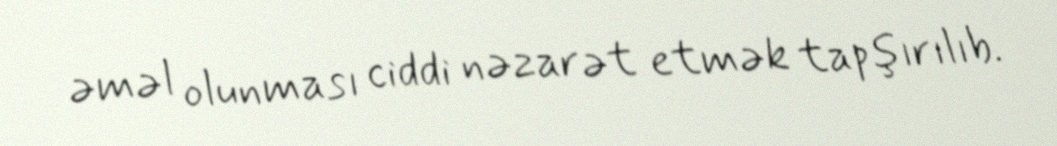
əməl olunması ciddi nəzarət etmək tapşırılıb.